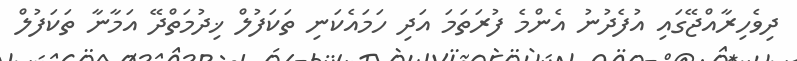
ދިވެހިރާއްޖޭގައި އުފެދުނު އެންމެ ފުރަތަމަ އަދި ހަމައެކަނި ތަކަފުލް ޚިދުމަތްދޭ އަމާނާ ތަކަފުލް